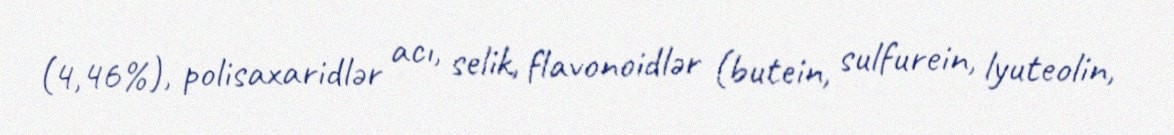
(4,46%), polisaxaridlər acı, selik, flavonoidlər (butein, sulfurein, lyuteolin,